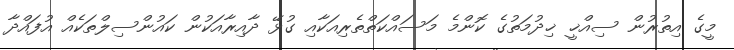
މީގެ އިތުރުން ސިއްޚީ ޚިދުމަތުގެ ކޮންމެ މަސައްކަތްތެރިއަކާއި ގުޅޭ ދާއިރާއަކުން ކައުންސިލްތަކެއް އުފައްދާ